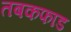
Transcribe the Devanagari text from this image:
तबकफाड